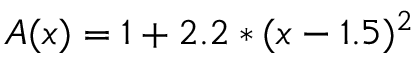
A ( x ) = 1 + 2 . 2 * ( x - 1 . 5 ) ^ { 2 }